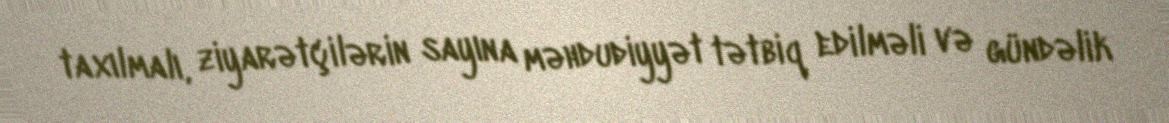
​​taxılmalı, ziyarətçilərin sayına məhdudiyyət tətbiq edilməli və gündəlik